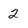
Character: 2